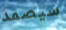
سيصمد